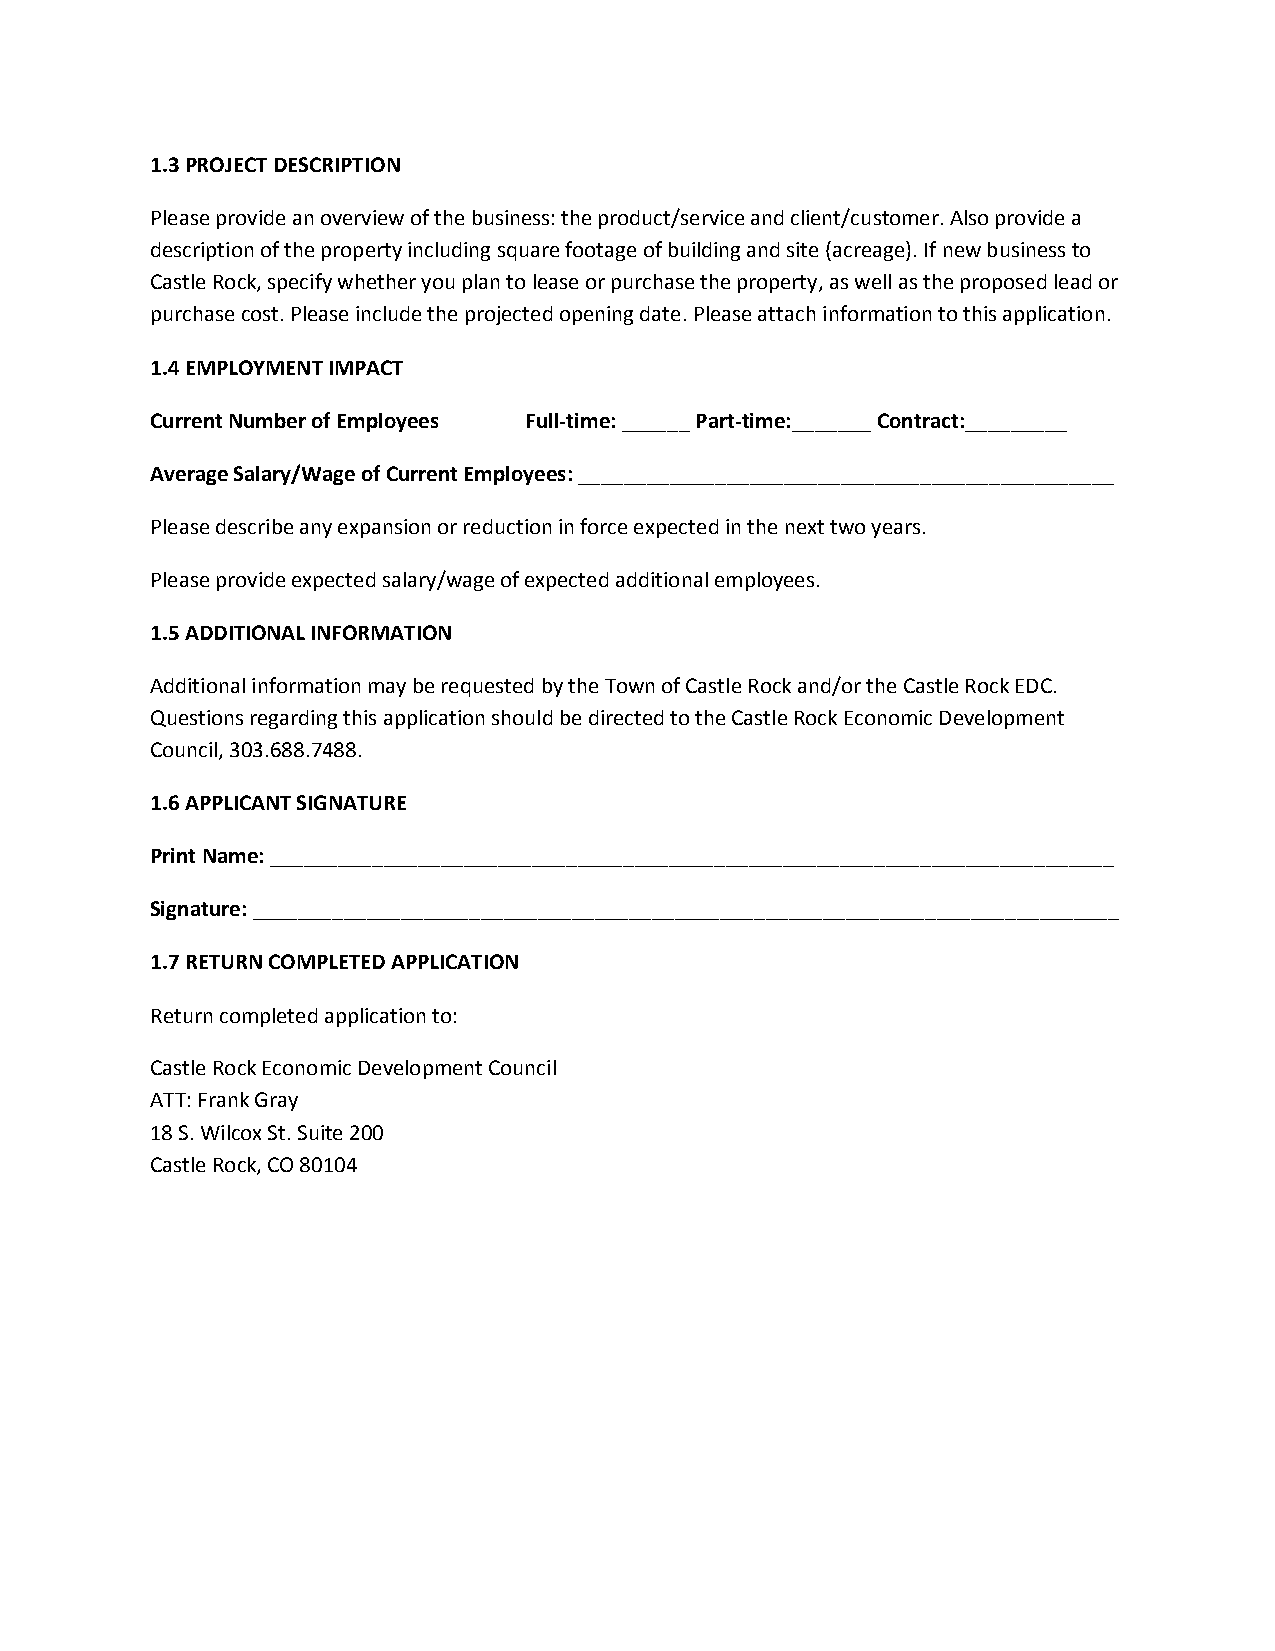
1.3 PROJECT DESCRIPTION
 Please provide an overview of the business: the product/service and client/customer. Also provide a
 description of the property including square footage of building and site (acreage). If new business to
 Castle Rock, specify whether you plan to lease or purchase the property, as well as the proposed lead or
 purchase cost. Please include the projected opening date. Please attach information to this application.
 1.4 EMPLOYMENT IMPACT
 Current Number of Employees Full-time: ______ Part-time:_______ Contract:_________
 Average Salary/Wage of Current Employees: _______________________________________________
 Please describe any expansion or reduction in force expected in the next two years.
 Please provide expected salary/wage of expected additional employees.
 1.5 ADDITIONAL INFORMATION
 Additional information may be requested by the Town of Castle Rock and/or the Castle Rock EDC.
 Questions regarding this application should be directed to the Castle Rock Economic Development
 Council, 303.688.7488.
 1.6 APPLICANT SIGNATURE
 Print Name: __________________________________________________________________________
 Signature: ____________________________________________________________________________
 1.7 RETURN COMPLETED APPLICATION
 Return completed application to:
 Castle Rock Economic Development Council
 ATT: Frank Gray
 18 S. Wilcox St. Suite 200
 Castle Rock, CO 80104